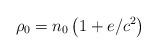
LaTeX: \begin{align*}\rho_{0}=n_{0}\left( 1+e/c^{2}\right) \end{align*}